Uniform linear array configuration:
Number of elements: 4
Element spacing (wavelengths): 0.25
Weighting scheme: hamming
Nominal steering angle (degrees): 0
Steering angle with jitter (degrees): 1.521
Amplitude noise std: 0.05
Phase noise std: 0.05

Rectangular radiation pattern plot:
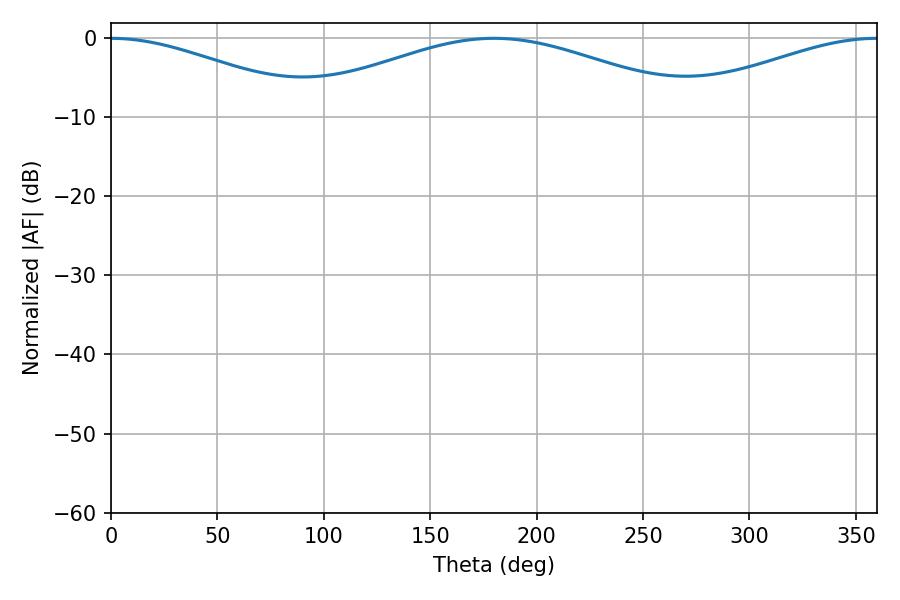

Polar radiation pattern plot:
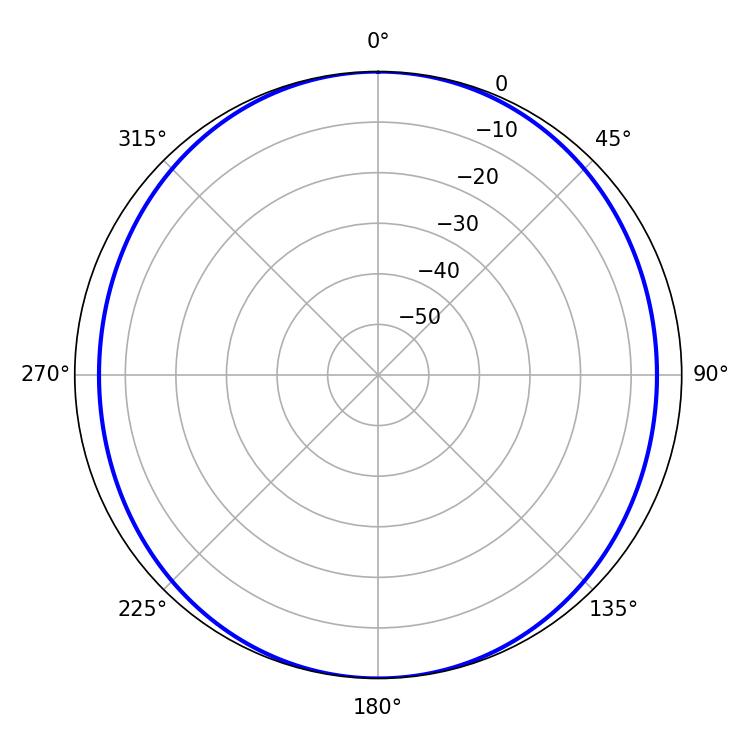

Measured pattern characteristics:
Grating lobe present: FALSE
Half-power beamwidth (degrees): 52.02
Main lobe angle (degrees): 0